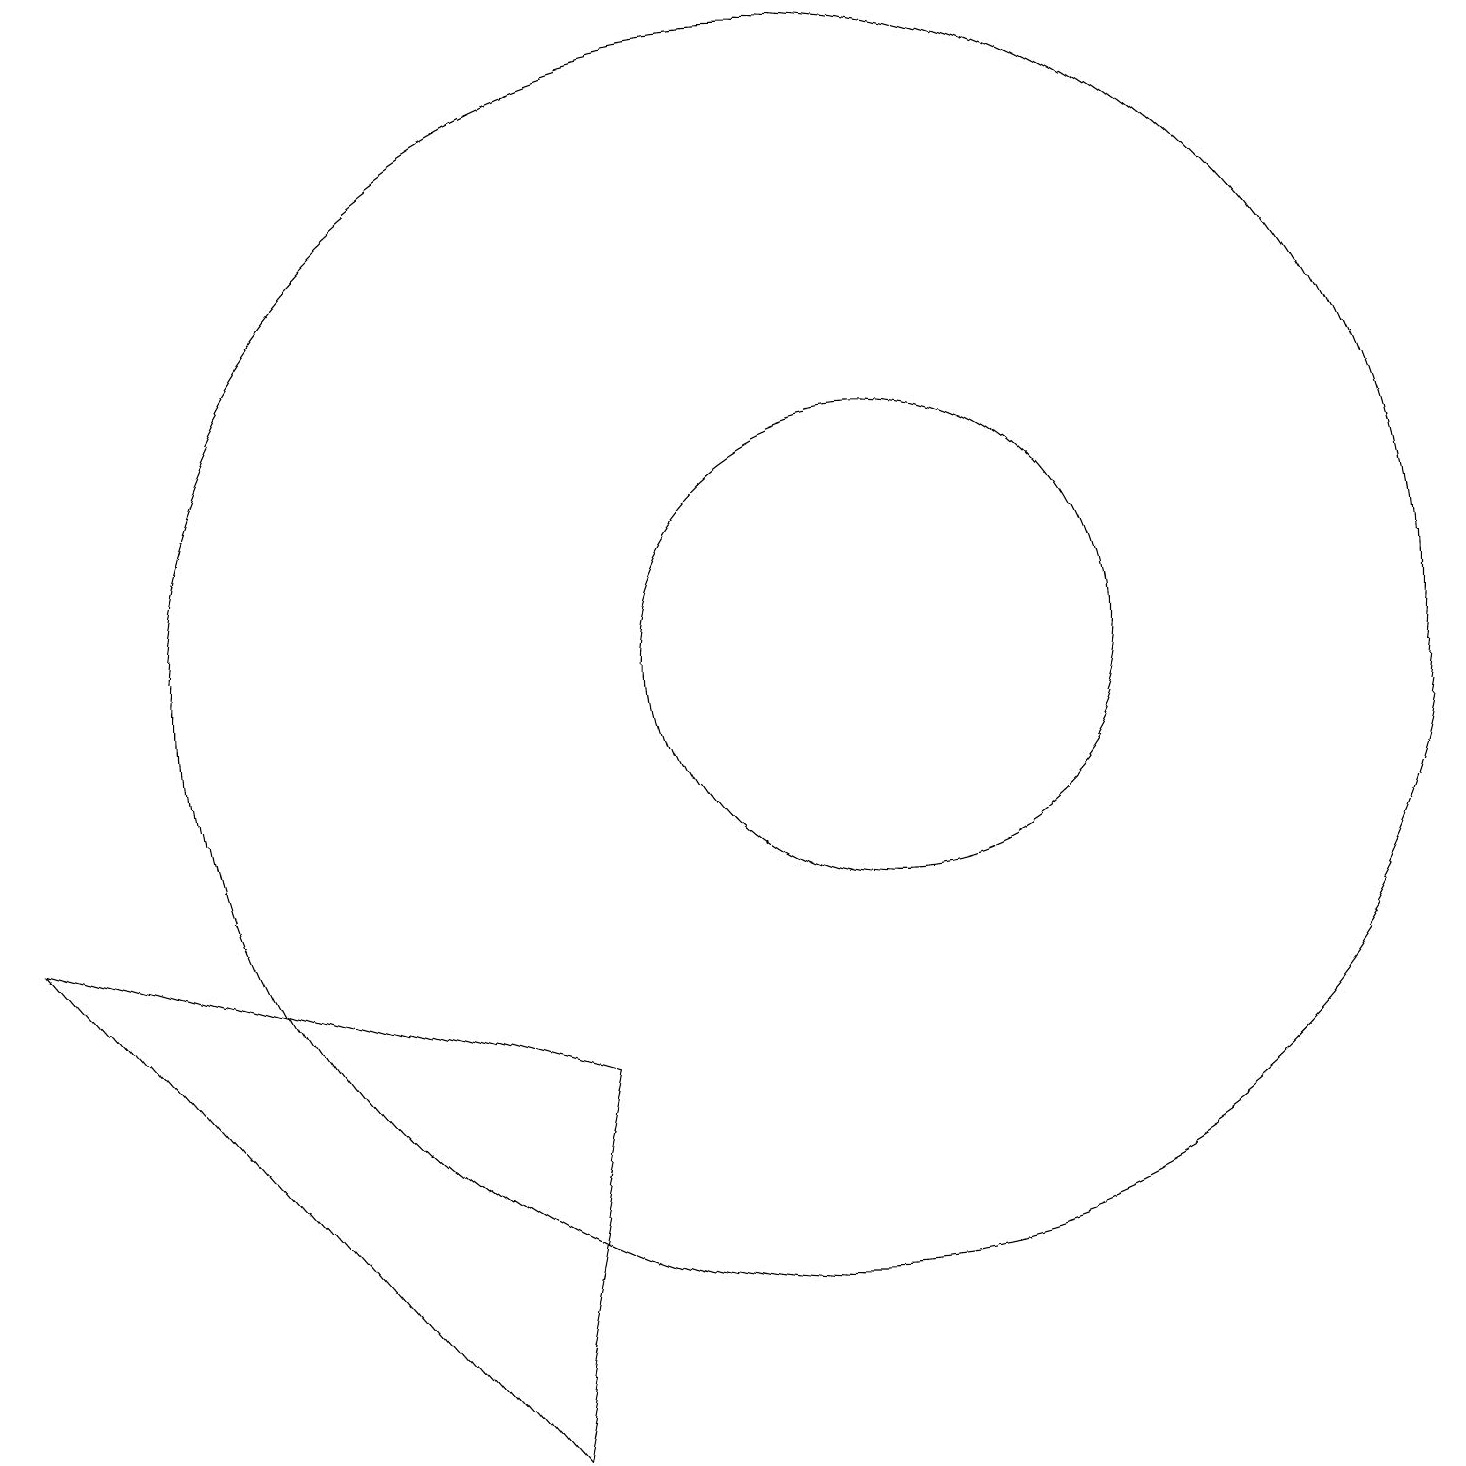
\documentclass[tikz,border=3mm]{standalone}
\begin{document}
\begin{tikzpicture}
\draw (11,11) circle (3);
\draw (10,11) circle (8);
\draw (0,8) -- (6,1) -- (7,6) -- cycle;
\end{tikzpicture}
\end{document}